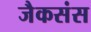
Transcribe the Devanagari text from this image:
जैकसंस